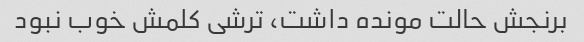
برنجش حالت مونده داشت، ترشی کلمش خوب نبود